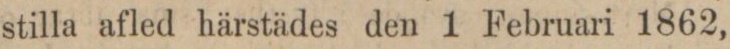
stilla afled härstädes den 1 Februari 1862,